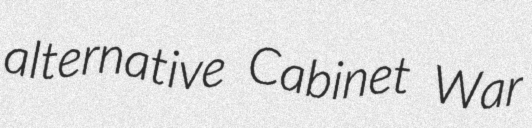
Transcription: alternative Cabinet War